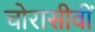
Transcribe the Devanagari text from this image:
चोरासीवीं